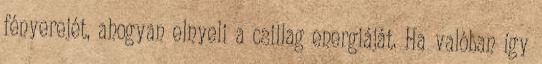
fényerejét, ahogyan elnyeli a csillag energiáját. Ha valóban így